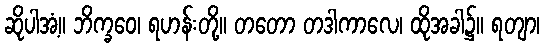
ဆိုပါအံ့။ ဘိက္ခဝေ၊ ရဟန်းတို့။ တတော တဒါကာလေ၊ ထိုအခါ၌။ ရတျာ၊